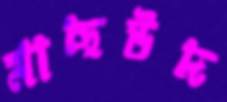
মাছউদ